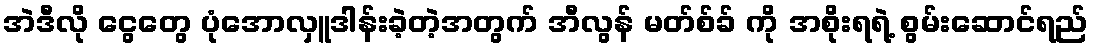
အဲဒီလို ငွေတွေ ပုံအောလှူဒါန်းခဲ့တဲ့အတွက် အီလွန် မတ်စ်ခ် ကို အစိုးရရဲ့ စွမ်းဆောင်ရည်